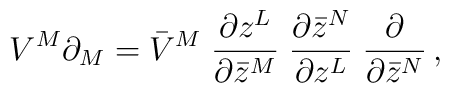
V^M \partial_M = \bar{V}^M \; \frac{\partial z^L}{\partial \bar{z}^M}\; \frac{\partial \bar{z}^N}{\partial z^L}\; \frac{\partial}{\partial \bar{z}^N}\, ,